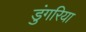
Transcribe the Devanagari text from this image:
डुंगरिया